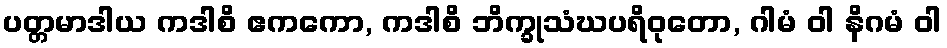
ပတ္တမာဒါယ ကဒါစိ ဧကကော, ကဒါစိ ဘိက္ခုသံဃပရိဝုတော, ဂါမံ ဝါ နိဂမံ ဝါ